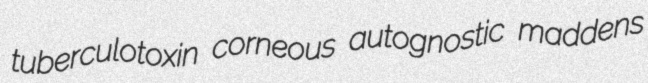
tuberculotoxin corneous autognostic maddens